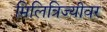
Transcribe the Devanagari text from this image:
मिलित्रिज्यीवर